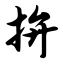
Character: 拚